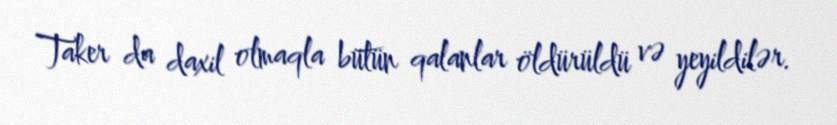
Taker da daxil olmaqla bütün qalanlar öldürüldü və yeyildilər.